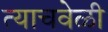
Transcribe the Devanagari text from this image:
त्‍याचवेळी